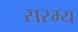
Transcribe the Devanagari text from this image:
सरम्य